255_413270_UFO's_and_Defense_What_Should_we_Prepare_For
Agency: NASA
Page 86
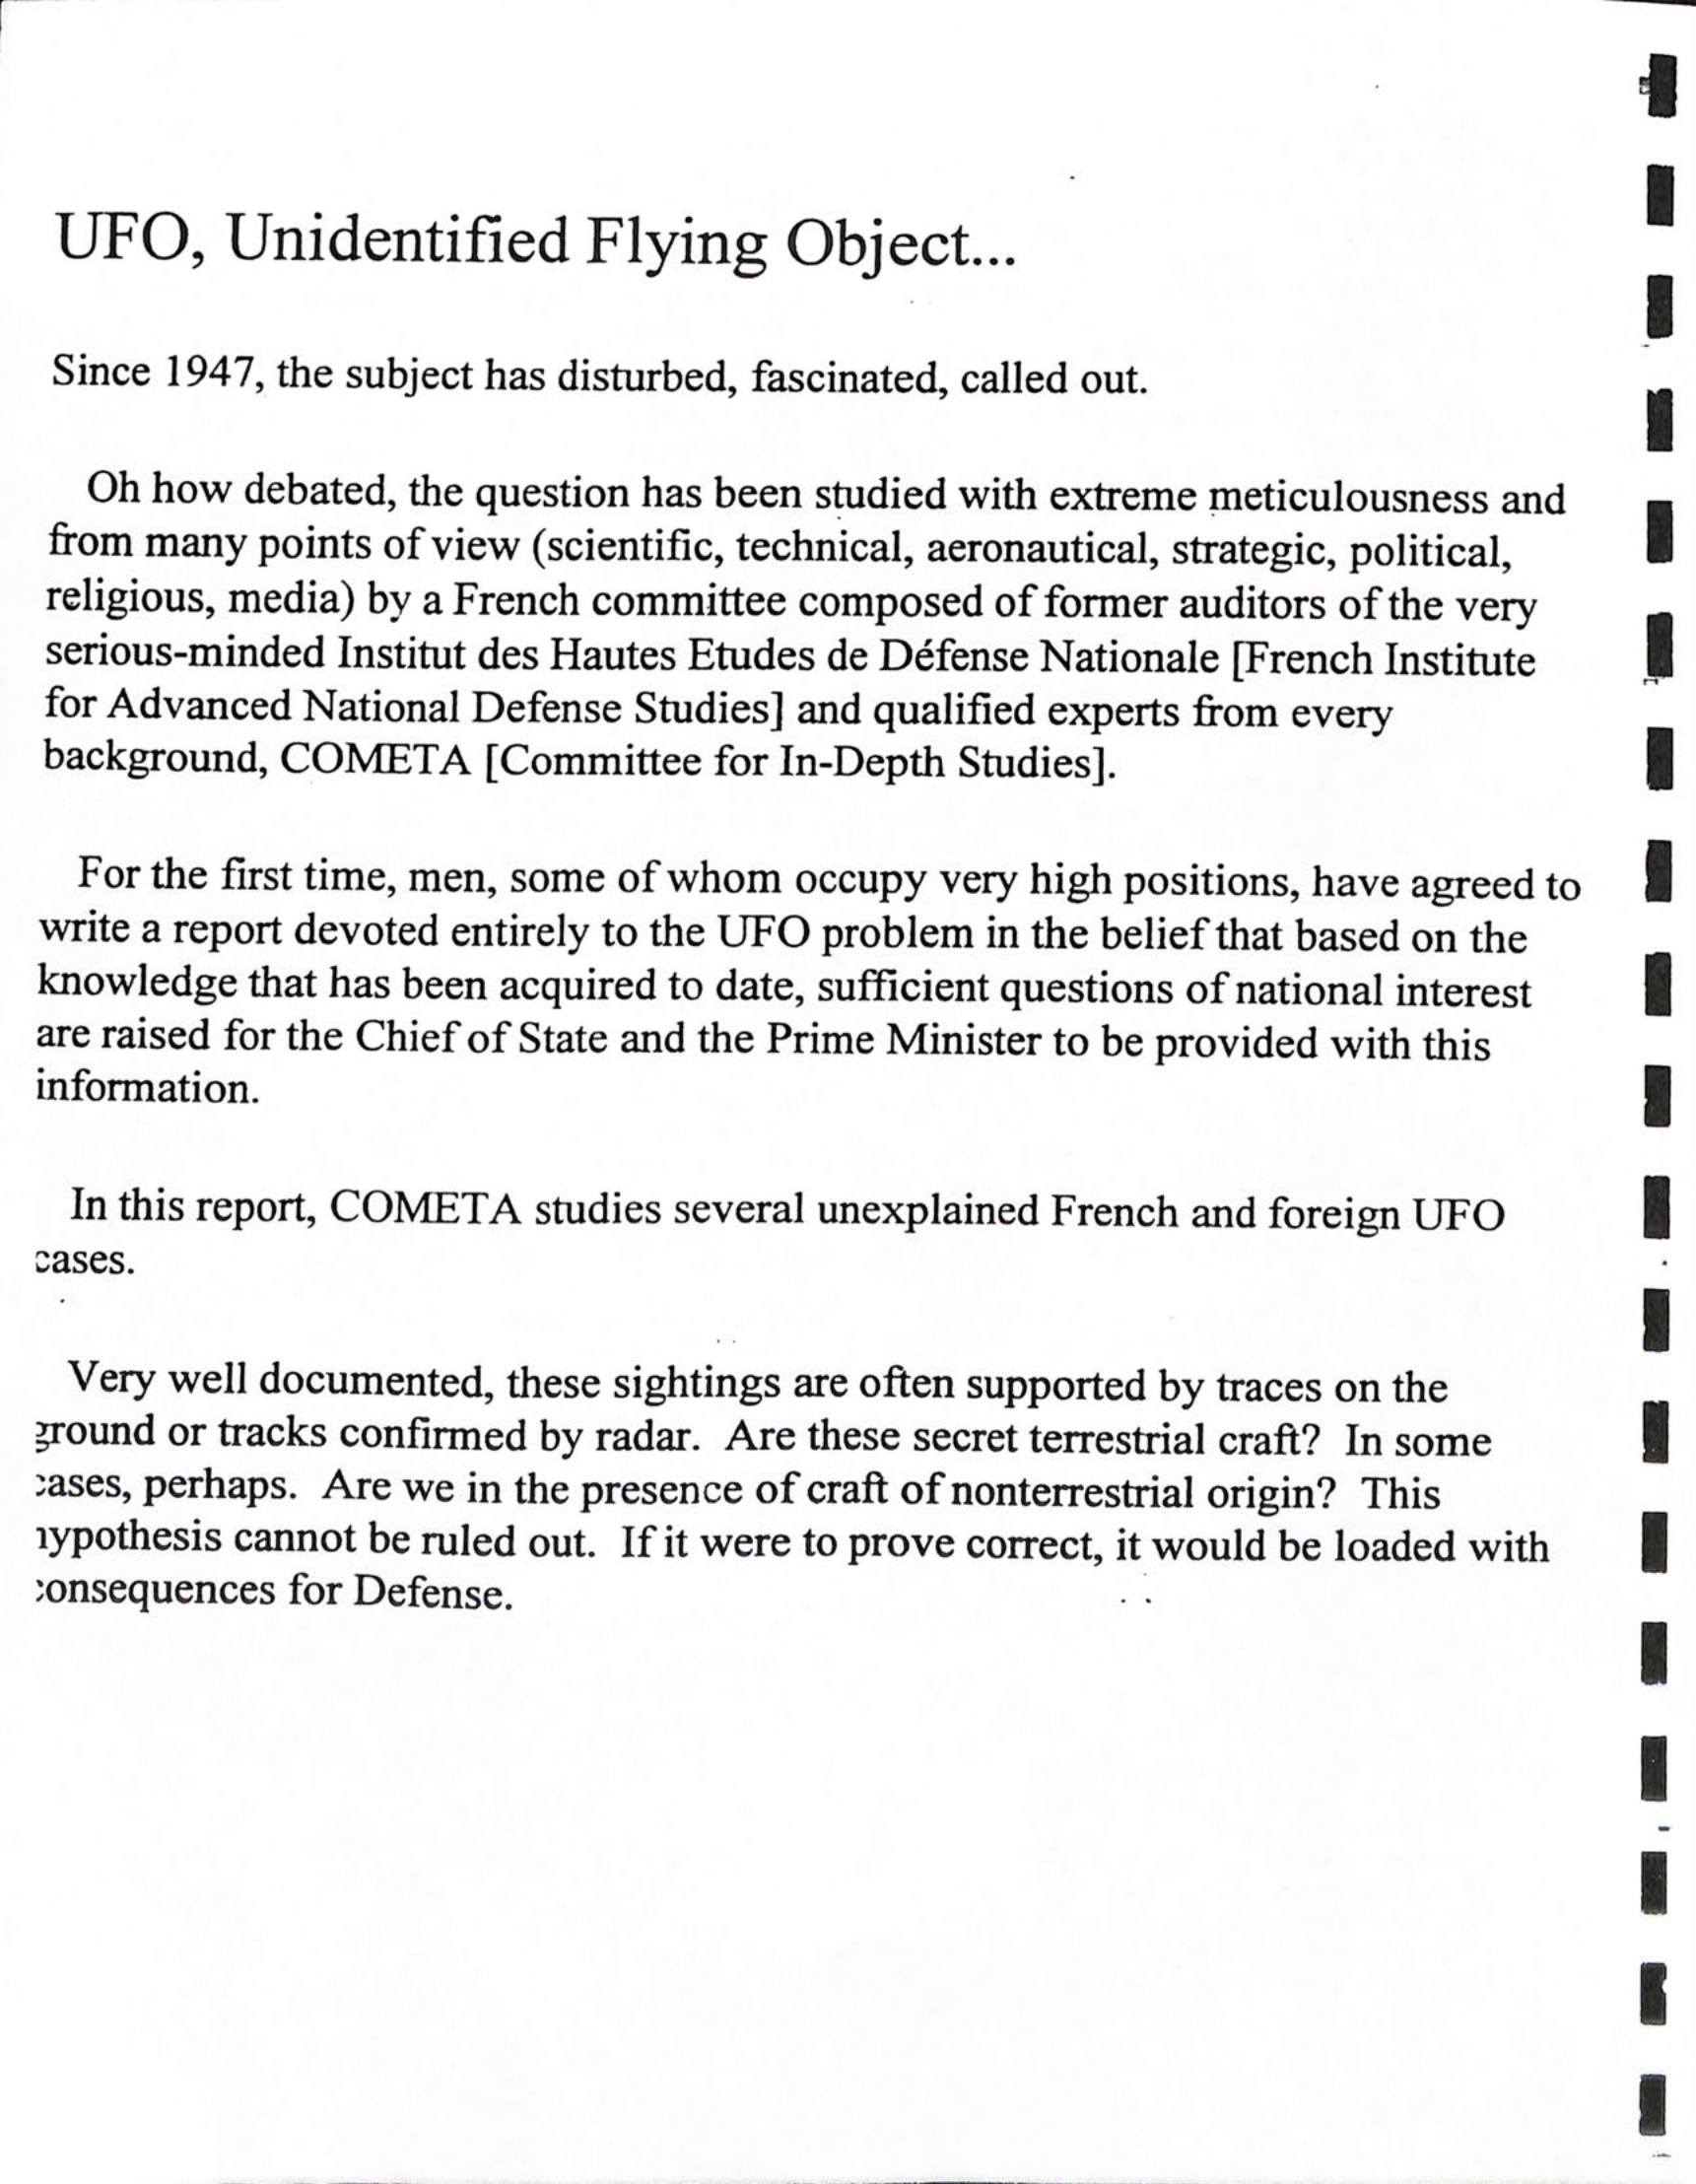